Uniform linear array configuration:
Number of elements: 8
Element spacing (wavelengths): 1
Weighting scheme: exponential
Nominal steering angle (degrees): -45
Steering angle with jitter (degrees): -46.204
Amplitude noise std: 0.05
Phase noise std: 0.05

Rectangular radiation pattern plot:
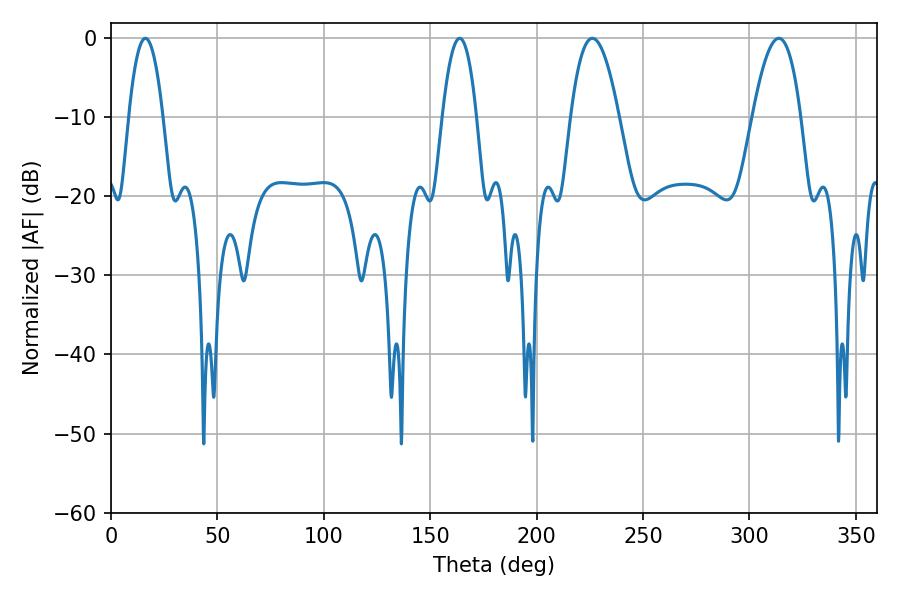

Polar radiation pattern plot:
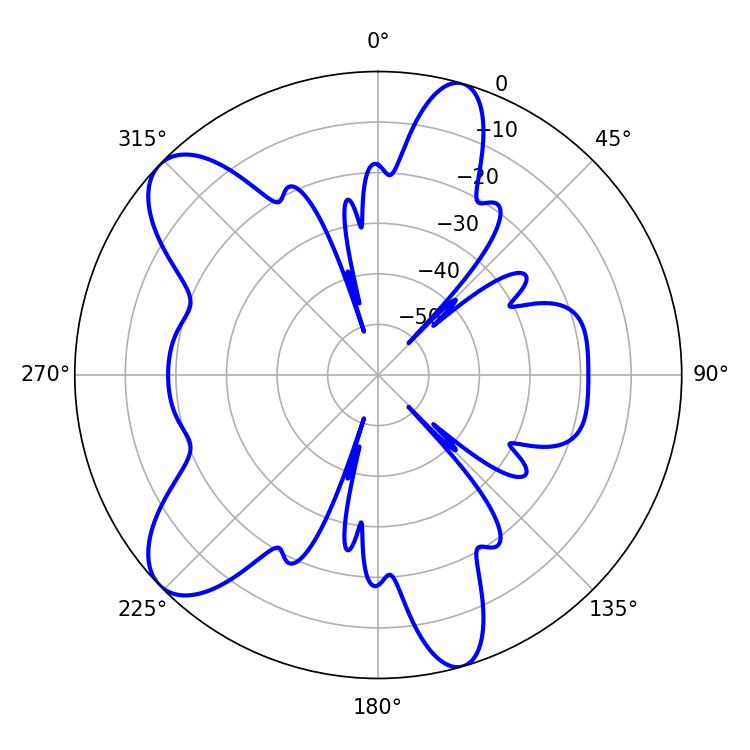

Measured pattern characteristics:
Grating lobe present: TRUE
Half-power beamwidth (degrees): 8.82
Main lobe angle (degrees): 16.2